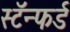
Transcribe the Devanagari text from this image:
स्टॅन्फर्ड